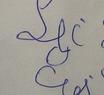
Signature authenticity: forged